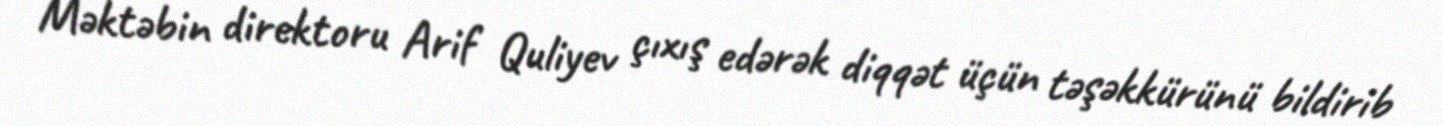
Məktəbin direktoru Arif Quliyev çıxış edərək diqqət üçün təşəkkürünü bildirib